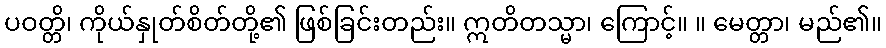
ပဝတ္တိ၊ ကိုယ်နှုတ်စိတ်တို့၏ ဖြစ်ခြင်းတည်း။ ဣတိတသ္မာ၊ ကြောင့်။ ။ မေတ္တာ၊ မည်၏။